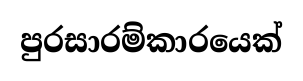
පුරසාරම්කාරයෙක්